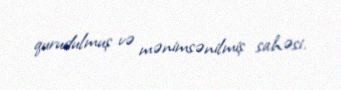
qurudulmuş və mənimsənilmiş sahəsi.